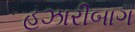
હઝારીબાગ